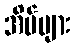
အိမ်များ